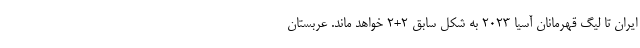
ایران تا لیگ قهرمانان آسیا 2023 به شکل سابق 2+2 خواهد ماند. عربستان